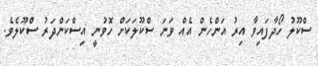
ސްކޫލު ހޯދާފައިވާ އިރު އަންހެން އެއް ވަނަ ސްކޫލަކަށް ހޮވުނީ އިސްކަންދަރު ސްކޫލެވެ.